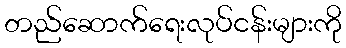
တည်ဆောက်ရေးလုပ်ငန်းများကို